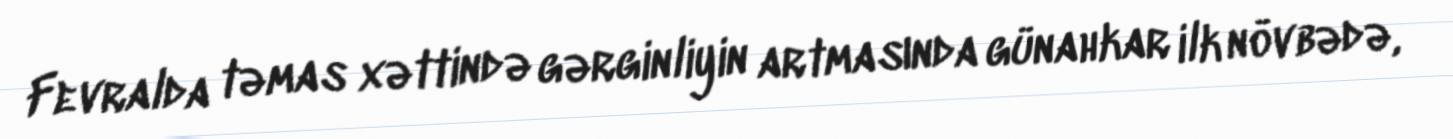
Fevralda təmas xəttində gərginliyin artmasında günahkar ilk növbədə,